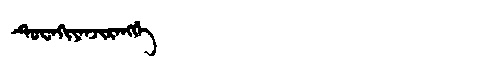
Manchu: ᡨᡠᠸᠠᡴᡳᠶᠠᠨᠵᡳᡵᠠᠩᡤᡝ
Romanization: TUWAKIYANJIRANGGE